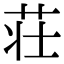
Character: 荘